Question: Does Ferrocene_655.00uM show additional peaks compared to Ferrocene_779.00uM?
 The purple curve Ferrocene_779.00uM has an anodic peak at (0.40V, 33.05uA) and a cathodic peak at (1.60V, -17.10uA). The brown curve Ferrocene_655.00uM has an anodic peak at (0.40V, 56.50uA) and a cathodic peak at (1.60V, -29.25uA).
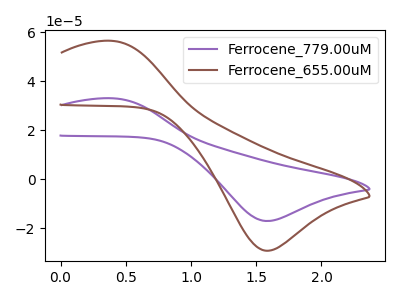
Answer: <think>All the peaks in "Ferrocene_655.00uM" have a peak in "Ferrocene_779.00uM" at the same potential. Every peak in "Ferrocene_655.00uM" is higher than every peak in "Ferrocene_779.00uM".
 </think>
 <answer>No, "Ferrocene_655.00uM" and "Ferrocene_779.00uM" don't appear to be significantly different in shape</answer>
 <eval>no_change</eval>